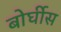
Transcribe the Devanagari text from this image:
बोर्घीस